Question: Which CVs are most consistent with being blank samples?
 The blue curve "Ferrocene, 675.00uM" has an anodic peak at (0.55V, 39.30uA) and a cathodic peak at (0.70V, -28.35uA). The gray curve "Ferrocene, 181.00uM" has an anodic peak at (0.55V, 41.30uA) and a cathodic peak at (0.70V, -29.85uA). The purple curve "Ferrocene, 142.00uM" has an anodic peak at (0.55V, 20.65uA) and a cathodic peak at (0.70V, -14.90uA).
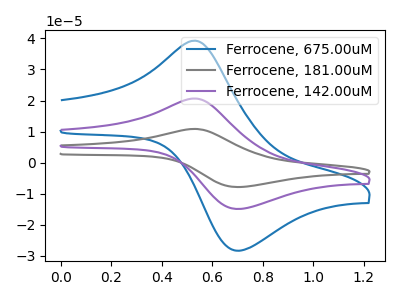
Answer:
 <answer>There are not any CV's on this graph that are likely to be blanks.</answer>
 <eval>none</eval>